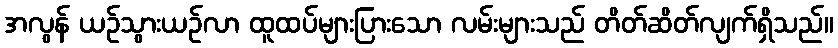
အလွန် ယဉ်သွားယဉ်လာ ထူထပ်များပြားသော လမ်းများသည် တိတ်ဆိတ်လျက်ရှိသည်။